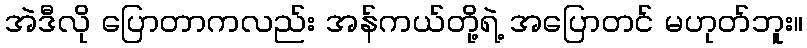
အဲဒီလို ပြောတာကလည်း အန်ကယ်တို့ရဲ့ အပြောတင် မဟုတ်ဘူး။